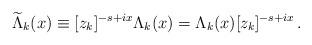
LaTeX: \begin{align*}\widetilde\Lambda_k(x) \equiv [z_k]^{-s+ix} \Lambda_k(x)= \Lambda_k(x)[z_k]^{-s+ix}\,.\end{align*}